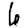
Digit: 6